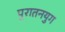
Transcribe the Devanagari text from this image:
पुरातनयुग